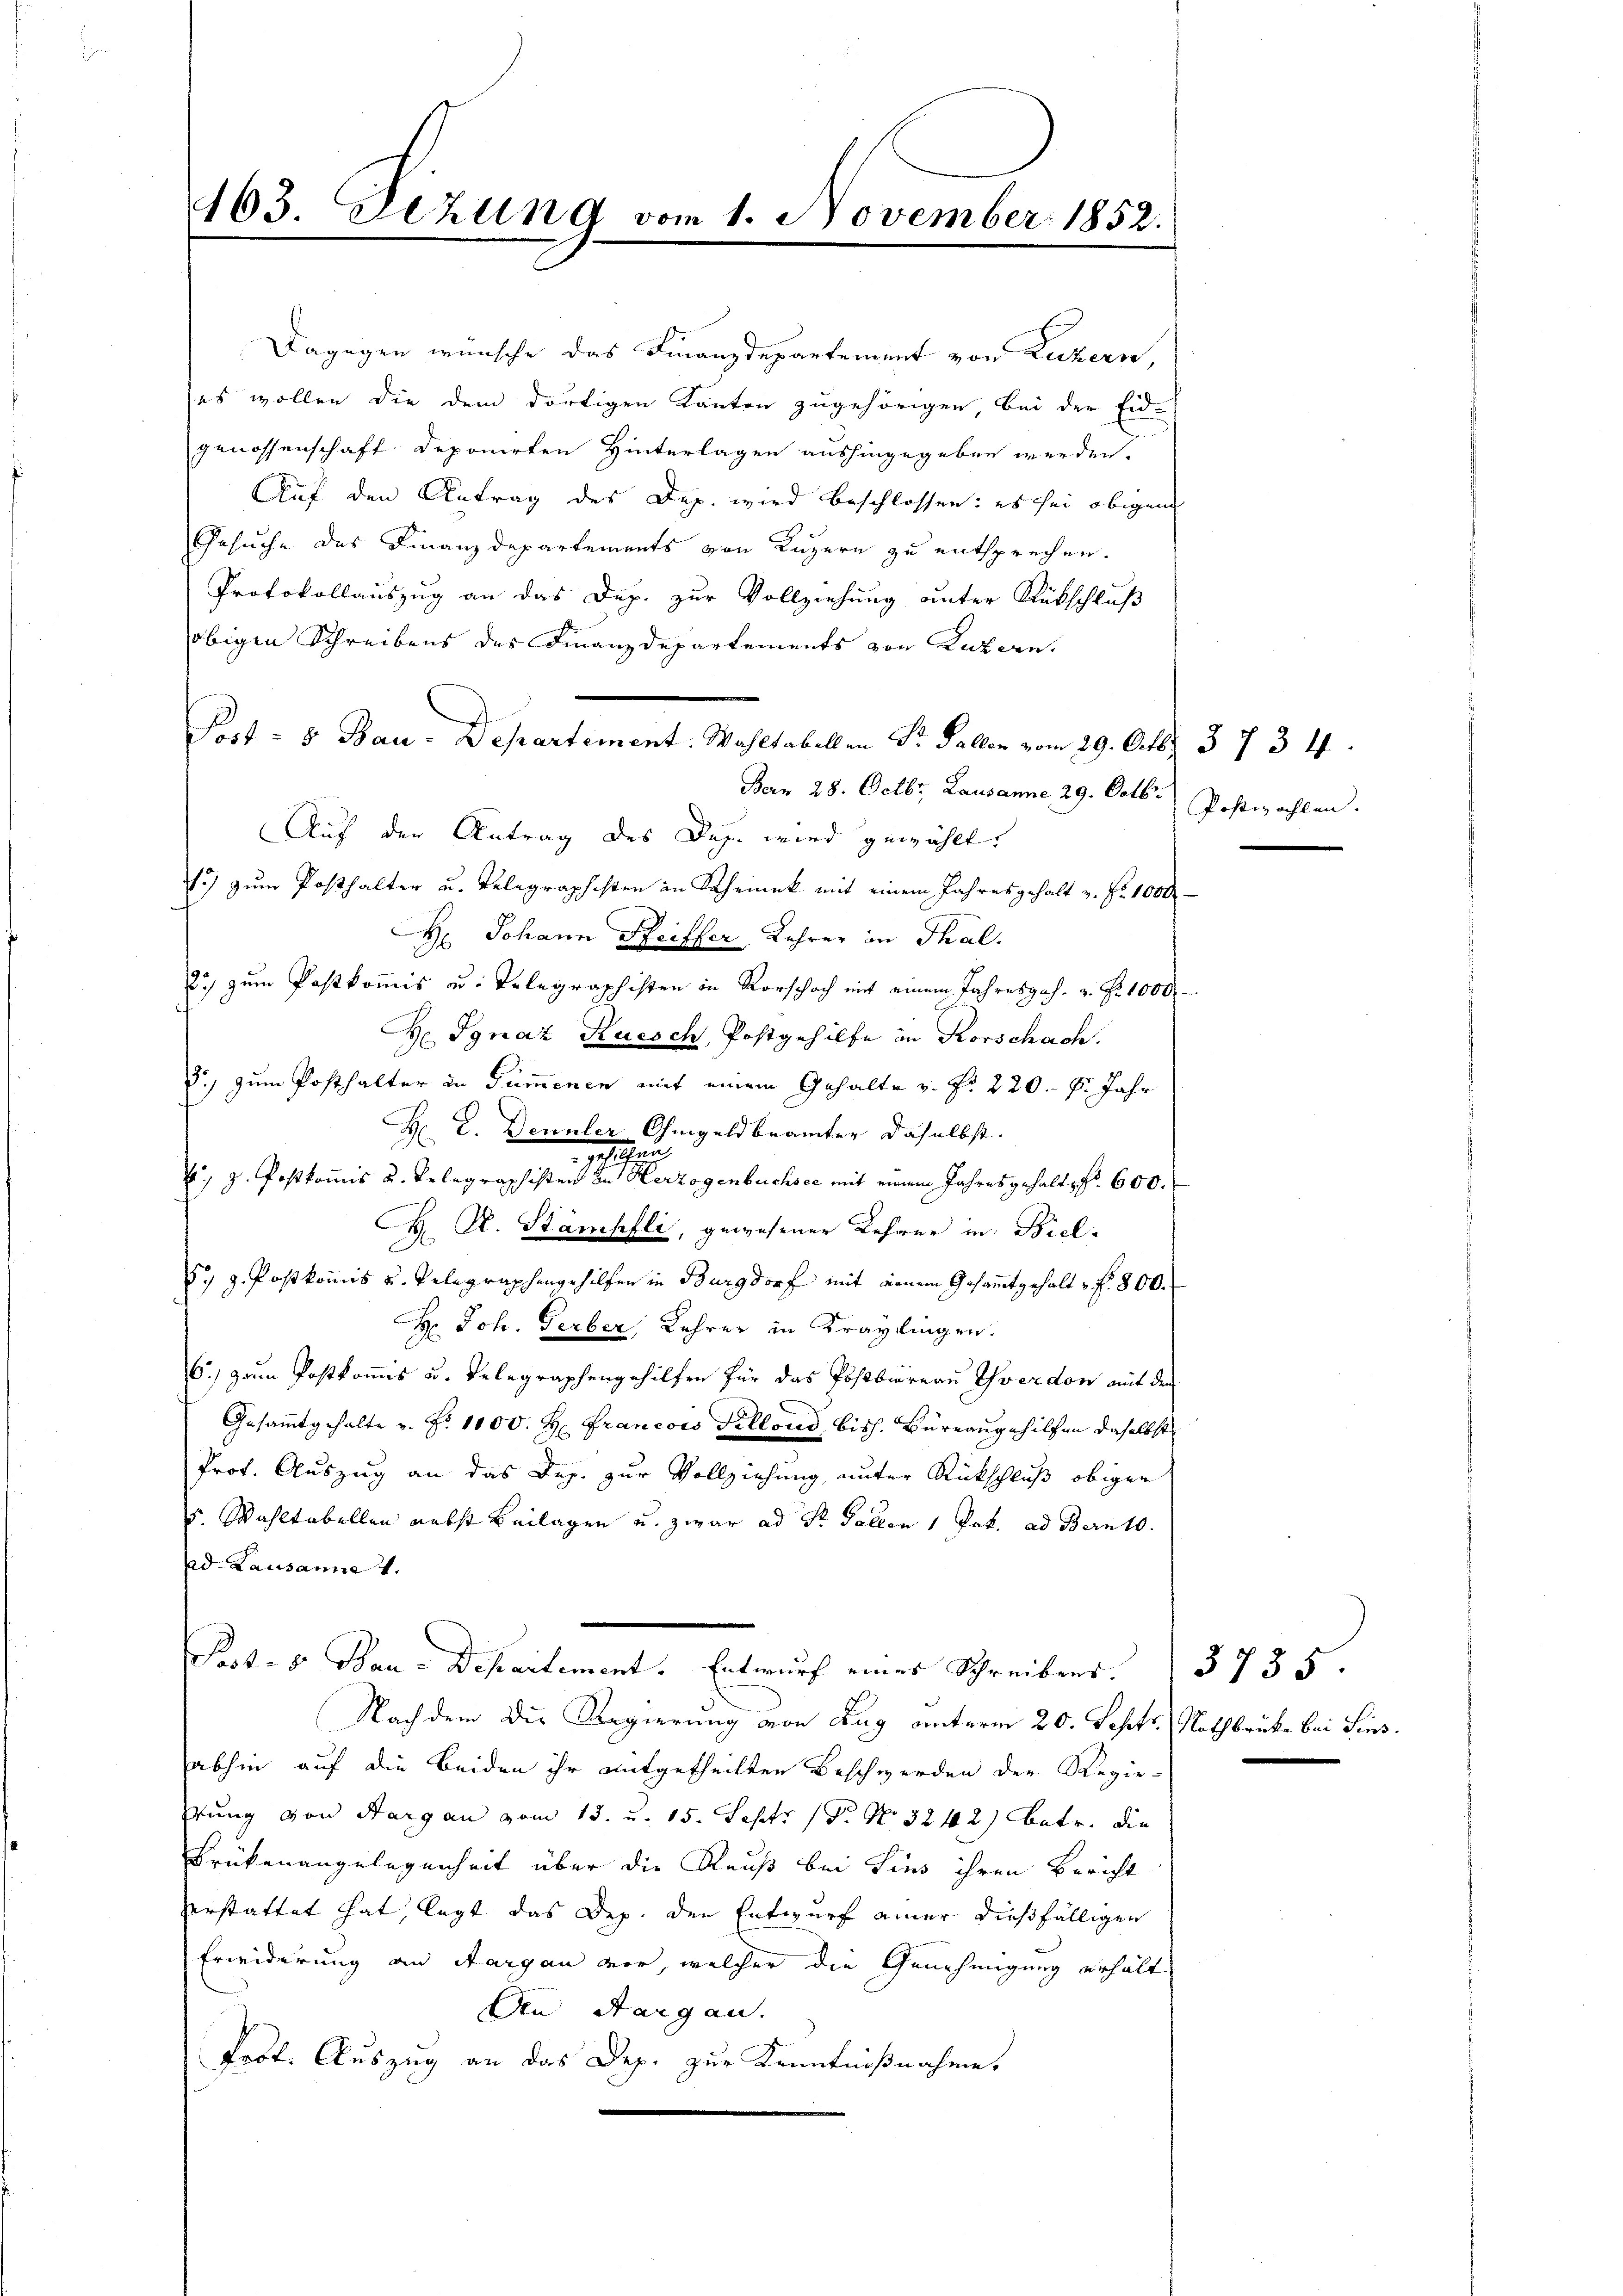
463. Dezung vom 1. November 1852.

Dagegen wünsche das Finanzdepartement von Luzern,
(es wollen die dem dortigen Kanton zugehörigen, bei der Eid-
genossenschaft Deponirten Hinterlagen aushingegeben werden.
Auf den Antrag des Dep. wird beschlossen: es sei obigen
Gesuche des Finanzdepartements von Luzern zu entsprechen.
Protokollauszug an das Dep. zur Vollziehung unter Rückschluß
obigen Schreibens des Finanzdepartements von Luzern,
Bern 28. Octbr. Lausanne, 29. Octbr.
Auf der Antrag des Dep. wird gewählt.
.) zum Posthalter u. Telegraphisten in Rheinek mit einem Jahresgehalt z. Fr. 1000.-
H. Johann Seiffer, Lehrer in Thal.
2) zum Pastkommis au. Telegraphisten in Vorschach mit einem Jahresges. v. Fr. 1000
 Ignaz Ruesch, Postgehilfe in Rorschach.
.) zum Posthalter in Summenen mit einem Gehalte v. Nr. 220. 8. Jahr
H D. Dennler Ohmgeld beamter daselbst.
gesuchun
 z. Postkomis u. Pelegraphisten in Herzogenbuchsee mit einem Jahresgehaltsfr. 600.
C. R. Stämpfli, gewesener Lehrer in Biel-
F, v. Postkomis u. Telegraphengehilfen in Burgdorf mit einem Gesamtgehalt f. 800.
H. Joh. Gerber, Lehrer in Kraydlingen.
6.) zum Postkom̄is u. Telegraphengehilfen für das Postbüreau Yverdon mit der
Gesammtgehalte u. Nr. 1000. H. Francors Pillond, bisch. Burrangehilfen daselbst
Prof. Auszug an das Dep. zur Vollziehung, unter Rückschluß obigen
5. Wahltabellen nebst Beilagen u. zwar ad Sr. Gallen 1 Jak. ad Bern 10.
Ad. Lausanne 1
Protes Bau-Departement. Entwurf eines Schreibens.
Nach dem die Regierung von Zug unterm 20. Septr.
abhin auf die beiden ihr mitgetheilten Beschwerden der Regie-
sung von Aargau vom 13. u. 15. Sept. (T. No 3242) betr. die
Frükenangelegenheit über die Reuß bei Lies ihren Bericht
verstattet hat, legt das Dep. den Entwurf einer dießfälligen
Erwiderung an Aargau vor, welcher die Genehmigung erhält
An Aargau.
Prof. Auszug an das Dep. zur Kenntnißnahme.
e

Post- & Bau-Departement. Wahltabellen Dr. Paller vom 29. Octbr. 37. 34.

Postwahlen.

3735
Nothbrücke bei Sies.